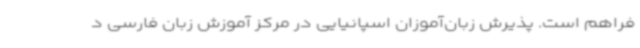
فراهم است. پذیرش زبان‌آموزان اسپانیایی در مرکز آموزش زبان فارسی د